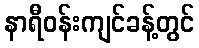
နာရီဝန်းကျင်ခန့်တွင်